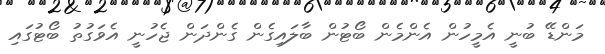
މަންޑޭ ބުނީ އެމީހުން އެންމެން ބޯޓުން ބާލައިގެން ގެންދަން ޖެހުނީ އެވަގުތު ބޯޓުގައި